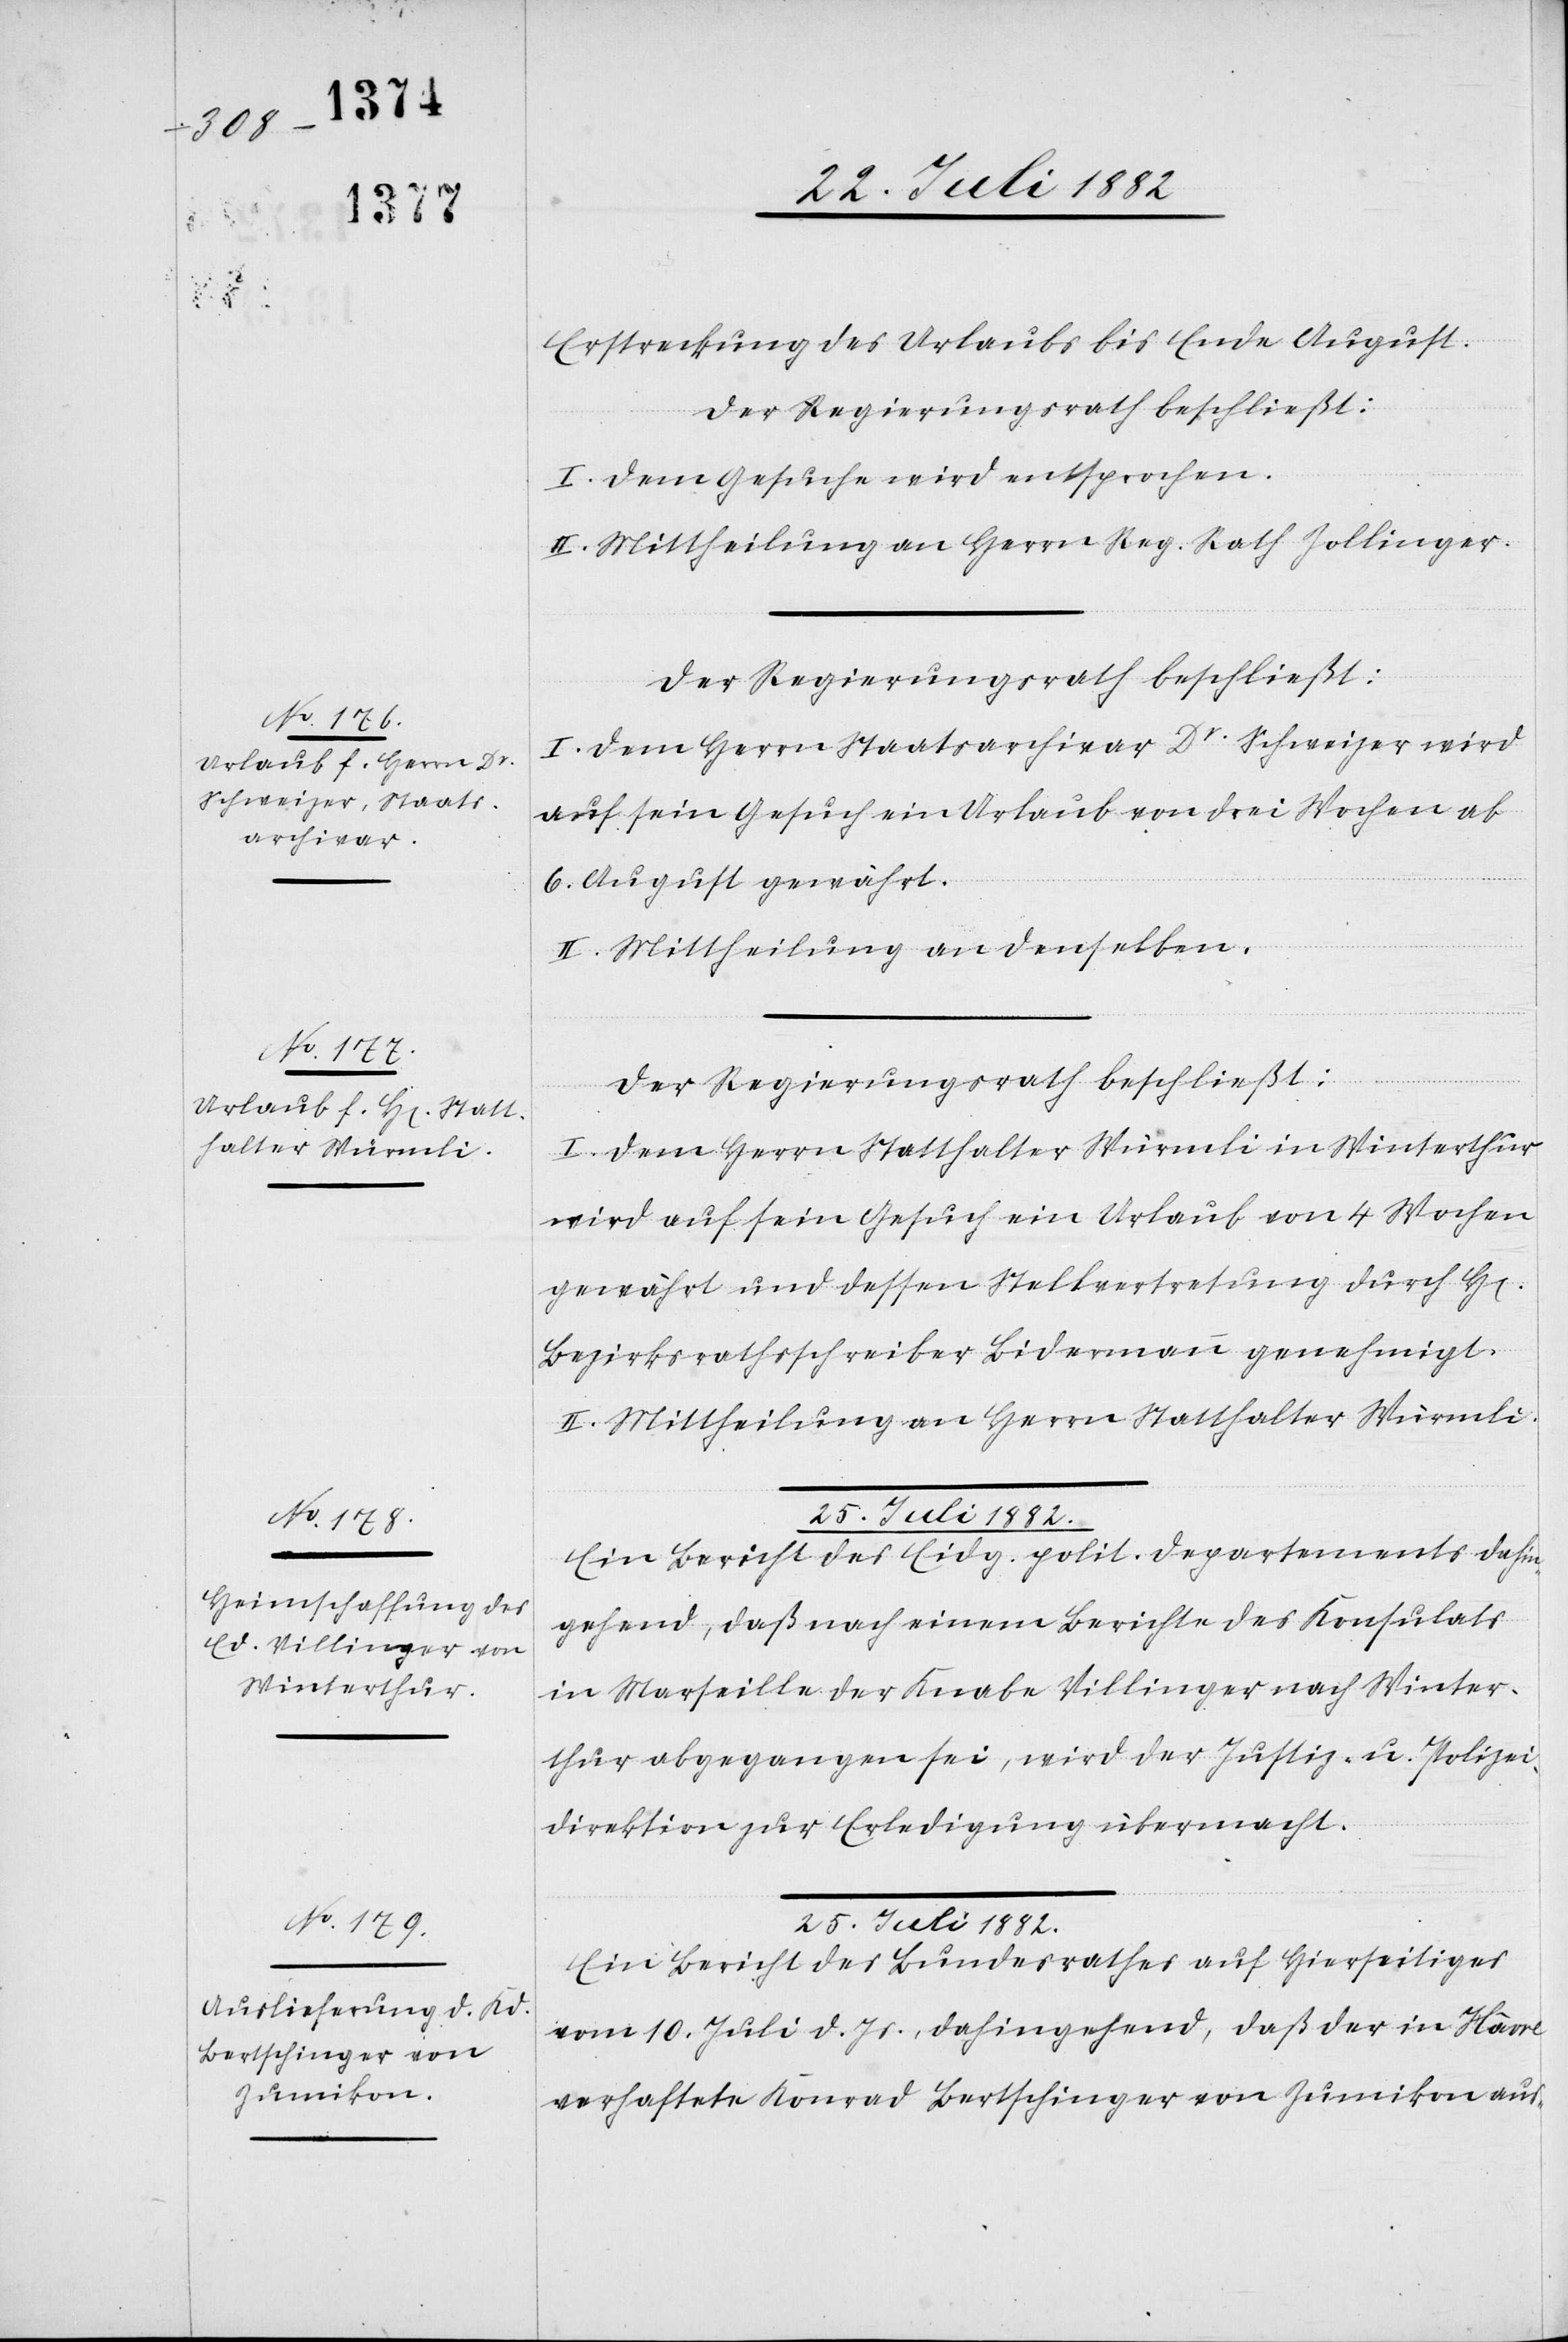
24. Juli 1882.]
Erstreckung des Urlaubs bis Ende August.
Der Regierungsrath beschließt:
I. Dem Gesuche wird entsprochen.
II. Mittheilung an Herrn Reg. Rath Zollinger.
Der Regierungsrath beschließt:
I. Dem Herrn Staatsarchivar Dr Schweizer wird
auf sein Gesuch ein Urlaub von drei Wochen ab
6. August gewährt.
II. Mittheilung an denselben.
Der Regierungsrath beschließt:
I. Dem Herrn Statthalter Würmli in Winterthur
wird auf sein Gesuch ein Urlaub von 4 Wochen
gewährt und dessen Stellvertretung durch H[en]
Bezirksrathsschreiber Bidermann genehmigt.
II. Mittheilung an Herrn Statthalter Würmli.
25. Juli 1882.
Ein Bericht des Eidg. polit. Departements dahin¬
gehend, daß nach einem Berichte des Konsulats
in Marseille der Knabe Villinger nach Winter¬
thur abgegangen sei, wird der Justiz- & Polizei¬
direktion zur Erledigung übermacht.
Ein Bericht des Bundesrathes auf hierseitiges
vom 10. Juli d. Js., dahingehend, daß der in Hâvre
verhaftete Konrad Bertschinger von Zumikon aus-